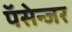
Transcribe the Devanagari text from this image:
पॅसेन्जर